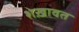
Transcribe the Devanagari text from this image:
शेख़ावत